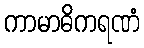
ကာမာဓိကရဏံ